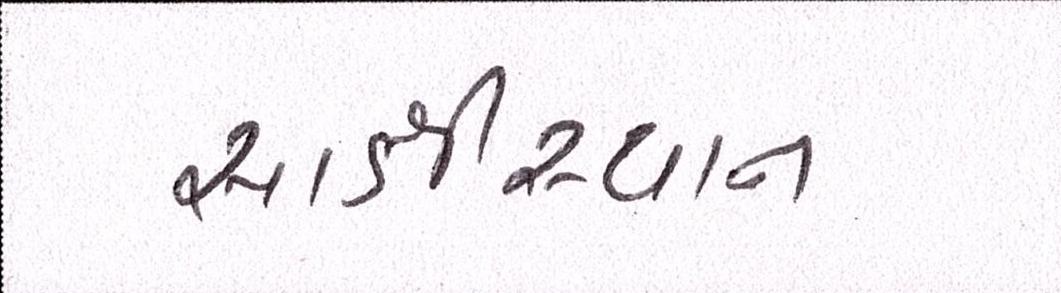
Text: સાક્ષીસ્થાન